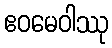
ဧဝမေဝါဿု